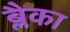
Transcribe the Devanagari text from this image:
ब्लैका